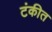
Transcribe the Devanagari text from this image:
टंकीत